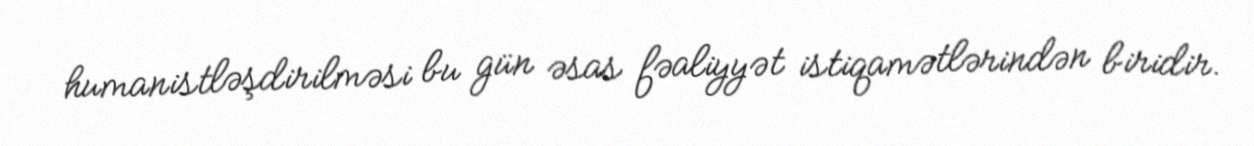
humanistləşdirilməsi bu gün əsas fəaliyyət istiqamətlərindən biridir.